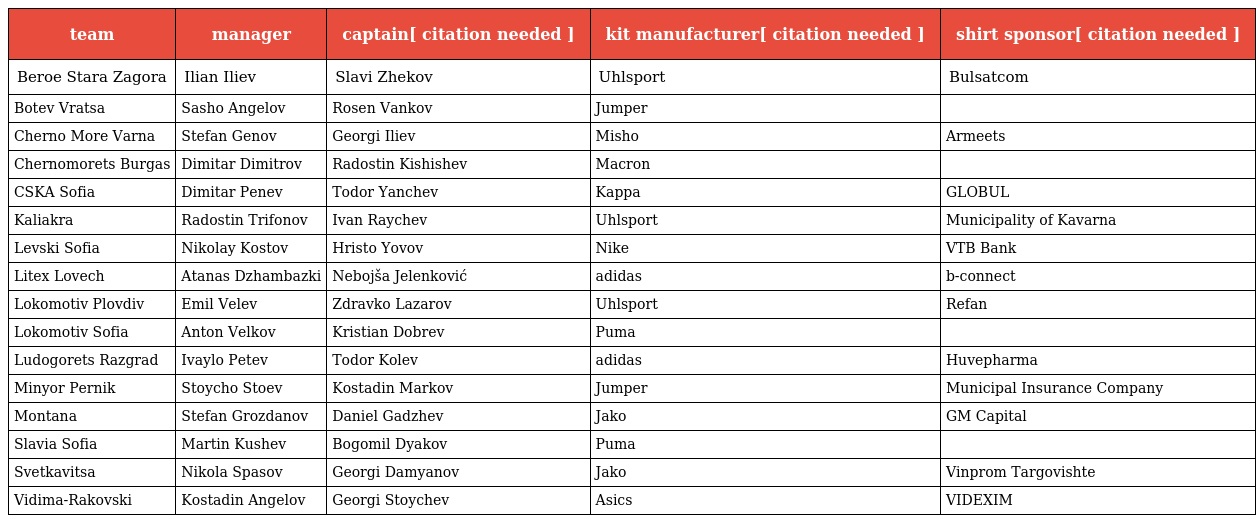
| team | manager | captain[ citation needed ] | kit manufacturer[ citation needed ] | shirt sponsor[ citation needed ] |
 | --- | --- | --- | --- | --- |
 | Beroe Stara Zagora | Ilian Iliev | Slavi Zhekov | Uhlsport | Bulsatcom |
 | Botev Vratsa | Sasho Angelov | Rosen Vankov | Jumper |  |
 | Cherno More Varna | Stefan Genov | Georgi Iliev | Misho | Armeets |
 | Chernomorets Burgas | Dimitar Dimitrov | Radostin Kishishev | Macron |  |
 | CSKA Sofia | Dimitar Penev | Todor Yanchev | Kappa | GLOBUL |
 | Kaliakra | Radostin Trifonov | Ivan Raychev | Uhlsport | Municipality of Kavarna |
 | Levski Sofia | Nikolay Kostov | Hristo Yovov | Nike | VTB Bank |
 | Litex Lovech | Atanas Dzhambazki | Nebojša Jelenković | adidas | b-connect |
 | Lokomotiv Plovdiv | Emil Velev | Zdravko Lazarov | Uhlsport | Refan |
 | Lokomotiv Sofia | Anton Velkov | Kristian Dobrev | Puma |  |
 | Ludogorets Razgrad | Ivaylo Petev | Todor Kolev | adidas | Huvepharma |
 | Minyor Pernik | Stoycho Stoev | Kostadin Markov | Jumper | Municipal Insurance Company |
 | Montana | Stefan Grozdanov | Daniel Gadzhev | Jako | GM Capital |
 | Slavia Sofia | Martin Kushev | Bogomil Dyakov | Puma |  |
 | Svetkavitsa | Nikola Spasov | Georgi Damyanov | Jako | Vinprom Targovishte |
 | Vidima-Rakovski | Kostadin Angelov | Georgi Stoychev | Asics | VIDEXIM |